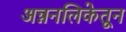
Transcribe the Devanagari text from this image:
अन्ननलिकेतून